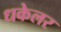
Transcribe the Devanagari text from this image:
धकेलर